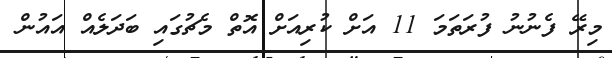
މިރޭ ފެނުނު ފުރަތަމަ 11 އަށް ކުރިއަށް އޮތް މެޗުގައި ބަދަލެއް އައުން